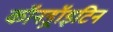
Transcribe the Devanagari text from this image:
कॉनड्रॉइटिन